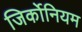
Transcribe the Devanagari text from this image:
जिर्कोनियम